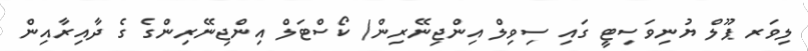
ލިވަރ ޕޫލް ޔުނިވަސިޓީ ގައި ސިވިލް އިންޖިނޭރިން/ ކޯސްޓަލް އިންޖިނޭރިންގެ ގެ ދާއިރާއިން